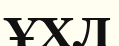
ҰХЛ